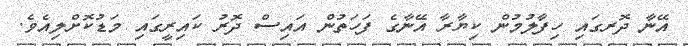
އޭނާ ދޮރގައި ހިފާލުމުން ކިޔާރާ އޭނާގެ ފަހަތުން އައިސް ދޮރު ކައިރީގައި މަޑުކޮށްލިއެވެ.